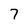
Character: 7